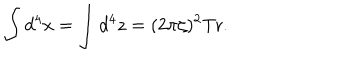
\int d ^ { 4 } x = \int d ^ { 4 } z = ( 2 \pi \zeta ) ^ { 2 } \mathrm { T r } .